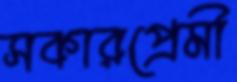
সকারপ্রেমী